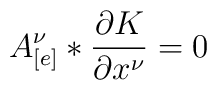
A_{[e]}^{\nu} * \frac{\partial K}{\partial x^{\nu}} = 0